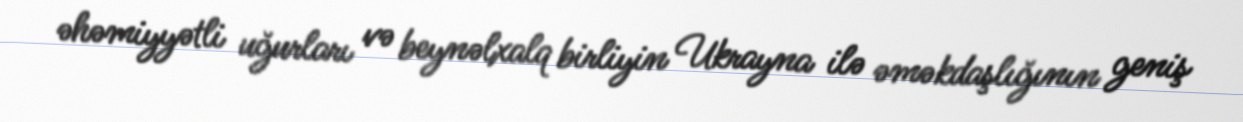
əhəmiyyətli uğurları və beynəlxalq birliyin Ukrayna ilə əməkdaşlığının geniş